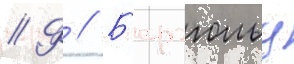
// Ф // Б'ерггольц